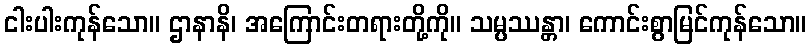
ငါးပါးကုန်သော။ ဌာနာနိ၊ အကြောင်းတရားတို့ကို။ သမ္ပဿန္တာ၊ ကောင်းစွာမြင်ကုန်သော။